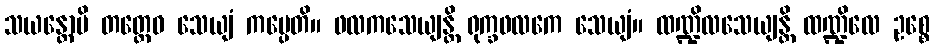
သယန္တောပိ တတ္ထေဝ သေယျံ ကပ္ပေတိ။ ဖလကသေယျန္တိ ရုက္ခဖလကေ သေယျံ။ ထဏ္ဍိလသေယျန္တိ ထဏ္ဍိလေ ဥစ္စေ